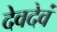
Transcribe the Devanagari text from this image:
देवदेवं